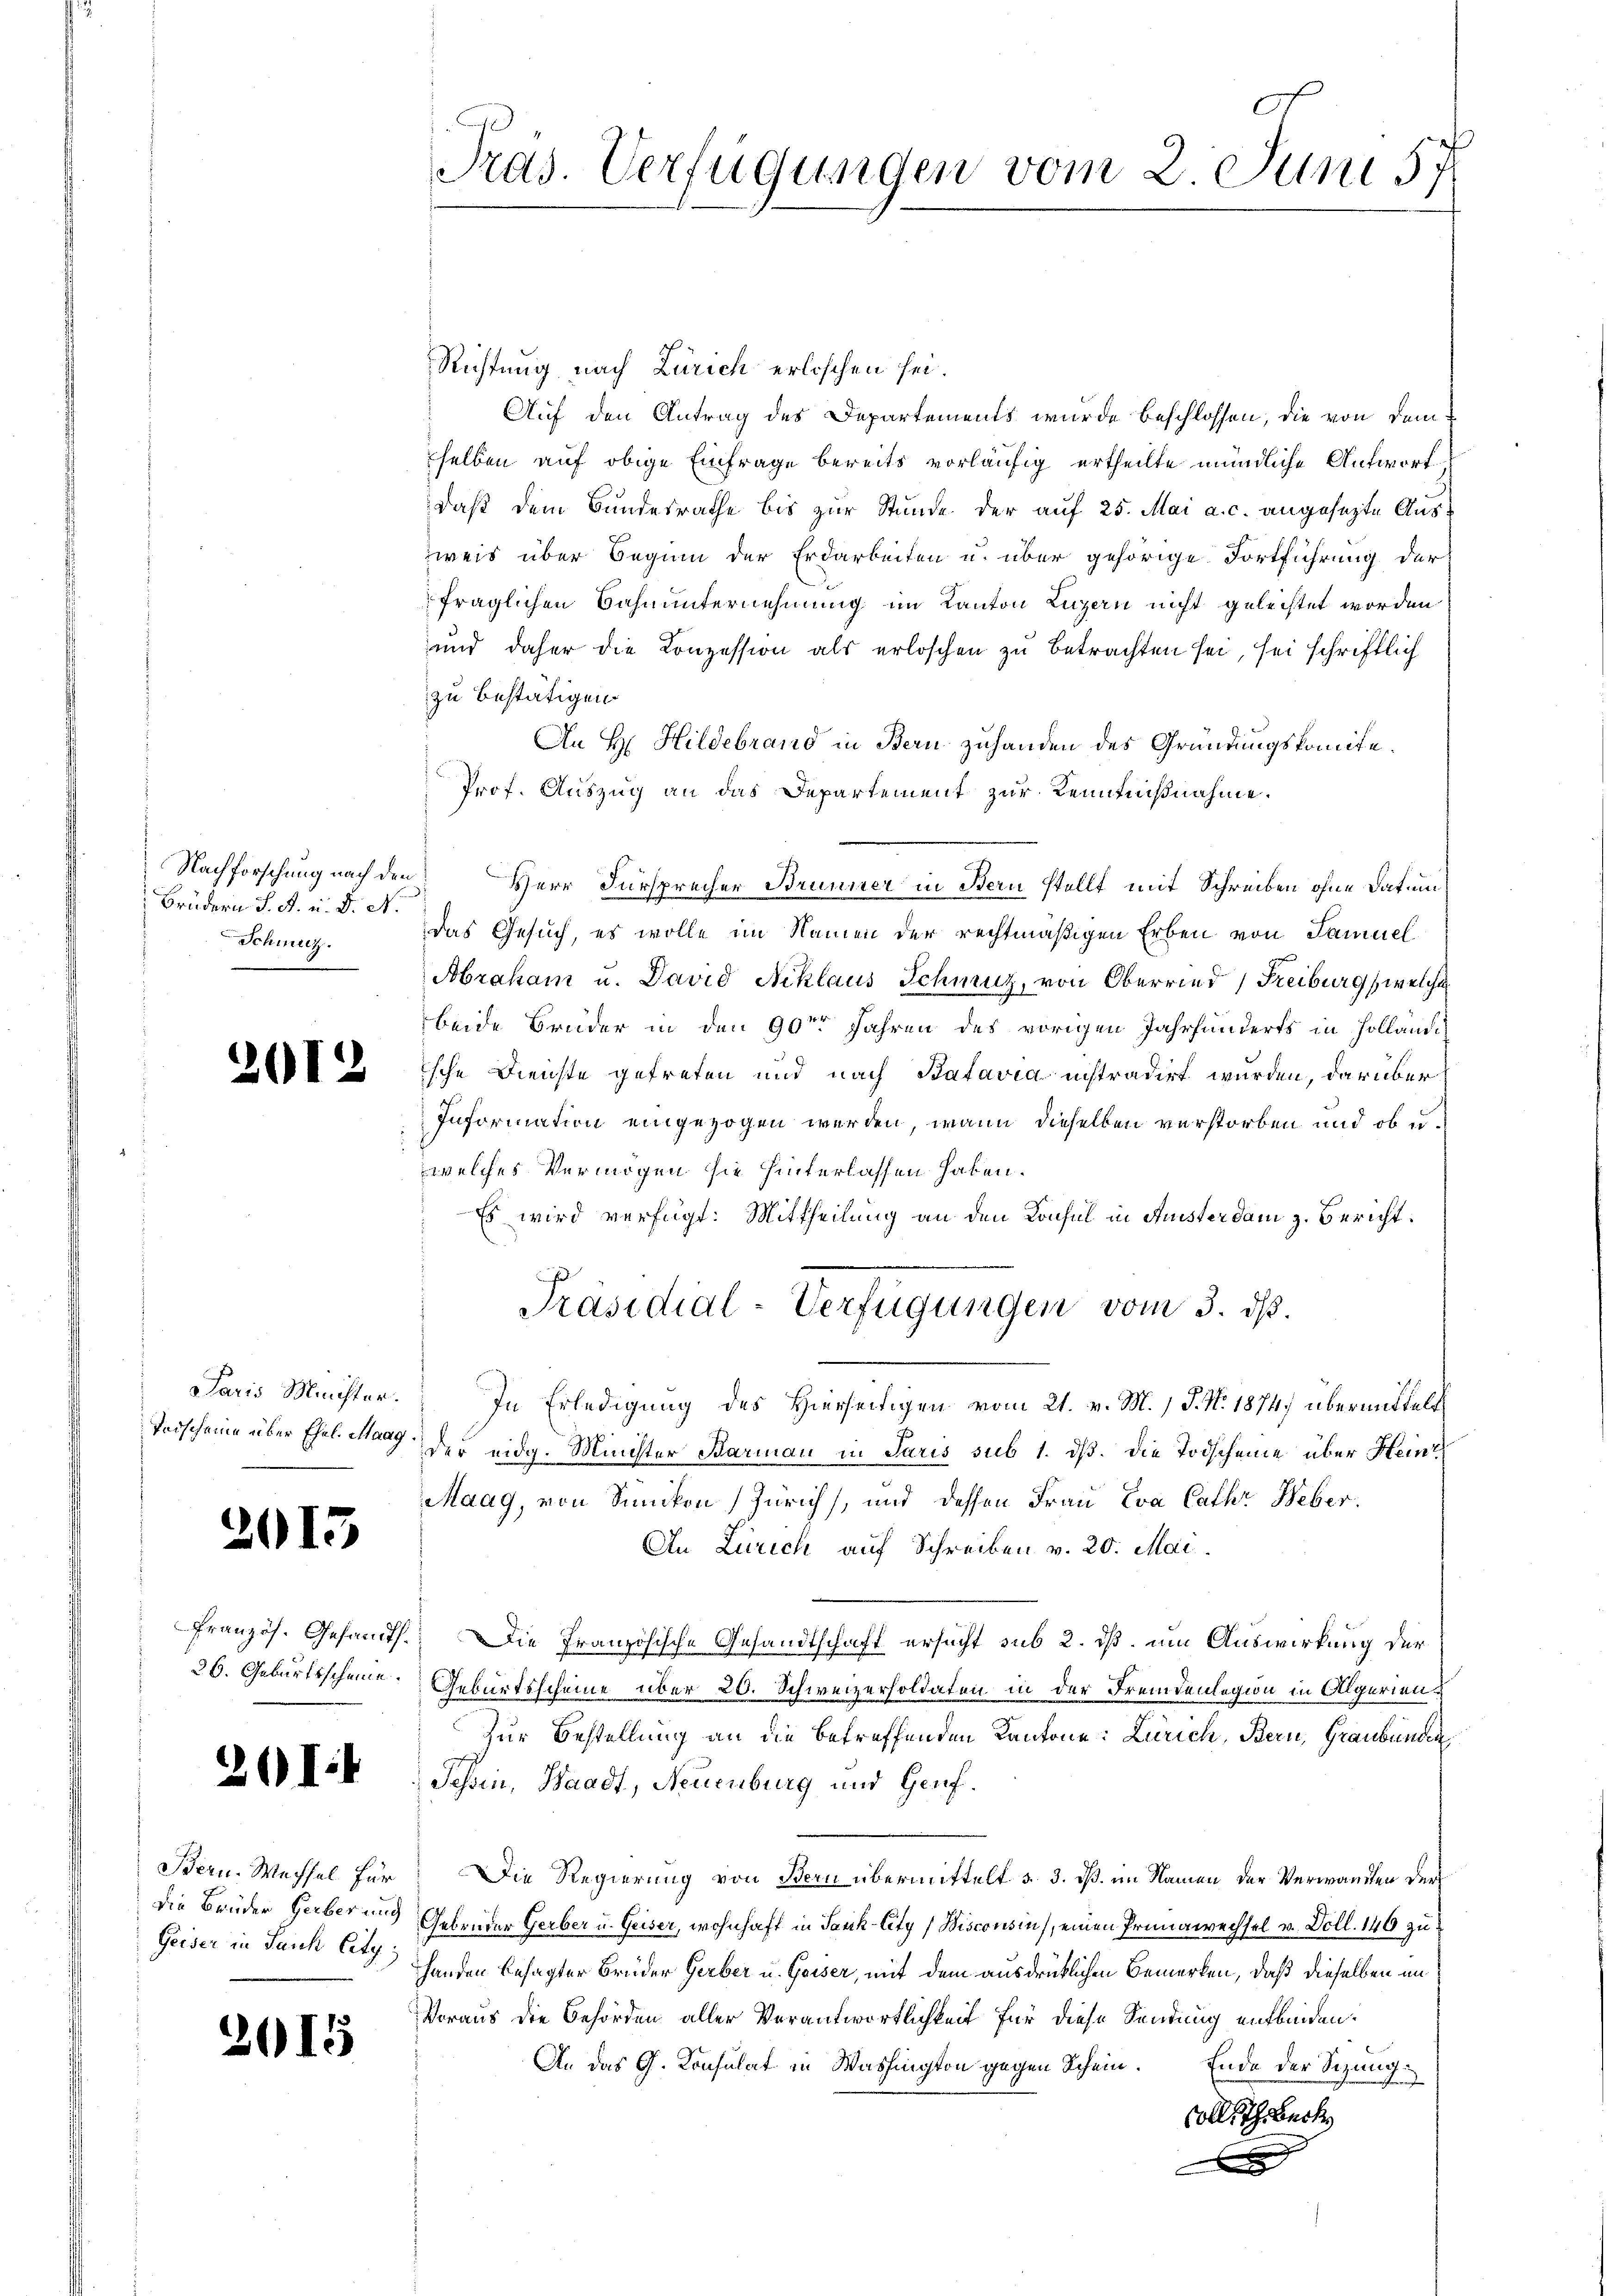
Nachforschung nach den
Brüdern J. A. u. d. N.
Schmutz.

2015

h

c

1

Saris Minister.
Todscheine über Ehel. Maag.

2614

Bern. Wechsel für
Die Brüder Gerberung
Geiser in Jauk Citz;

2615

Richtung nach Zürich erlischen sei.
Auf den Antrag des Departements wurde beschlossen, die von dem
selben auf obige Einfrage bereits vorläufig ertheilte mündliche Antwortdaß dem Bundesrathe bis zur Stunde der auf 25. Mai a. c. angesezte Auszweis über Beginn der Erdarbeiten u. über gehörige Fortführung der
fraglichen Bahnunternehmung im Kanton Luzern nicht geleistet worden
und daher die Conzession als erloschen zu betrachten sei, sei schriftlich
zu bestätigen.
An H. Hildebrand in Bern zuhanden des Gründungskomite.
Prof. Auszug an das Departement zur Kenntnißnahme.
Herr Fürsprecher Brunner in Bern stellt mit Schreiben ohne Datum
das Gesuch, es wolle im Namen der rechtmäßigen Erben von Samuel
Abraham u. David Niklaus Schmuz, von Oberried Freiburg (welche
beide Brüder in den 90te͇n Jahren des vorigen Jahrhunderts in Holländiische Dienste getreten und nach Batavia instradirt wurden, darüber
Information eingezogen werden, wann dieselben verstorben und ob u.
welches Vermögen sie hinterlassen haben.
Es wird verfügt: Mittheilung an den Konsul in Amister dem z. Bericht:
Präsidial-Verfügungen vom 3. ds.
In Erledigung des Hierseitigen vom 21. v. M. 1 S. Nr. 1874) übermittelt
der eidg. Minister Barmann in Paris sub 1. dß. Die Todscheine über Heinz
Maag, von Sünikon Zürich), und dessen Frau Eva Cathr Weber.
An Zürich auf Schreiben v. 20. Mai.
französ. Gesandt. Die Französische Gesandtschaft ersucht sub 2. ds. um Auswirkung der
36. Geburtsscheine. Geburtsscheine über 20. Schweizersoldaten in der Fremdenlegion in Algerien¬
Zur Bestellung an die betreffenden Kantone: Zürich, Bern, Graubünden
Tessin, Waadt, Neuenburg und Genf.
Die Regierung von Bern übermittelt d. 3. dß. im Namen der Verwandten der
Gebrüder Gerber u. Geiser, wohnhaft in Sark-City) Bisconsin), einen Prünawechsel v. Doll. 146 zuhanden besagter Brüder Gerber u. Geiser, mit dem ausdrücklichen Bemerken, daß dieselben im
Voraus die Behörden aller Verantwortlichkeit für diese Sendung entbeiden.
An das G. Konsulat in Washington gegen Schein. Ende der Sizung
olls Thrbeck
x

Pras. Verfügungen vom 2. Juni 57.